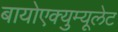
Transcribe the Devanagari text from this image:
बायोएक्युम्यूलेट